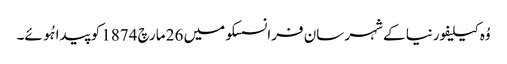
وُہ کیلیفورنیا کے شہر سان فرانسسکو میں 26 مارچ 1874 کو پیدا ہُوئے۔